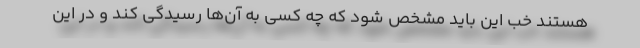
هستند خب این باید مشخص شود که چه کسی به آن‌ها رسیدگی کند و در این